Annual administration report of the Civil Veterinary Department of India - 1895-1896
Year: 1895
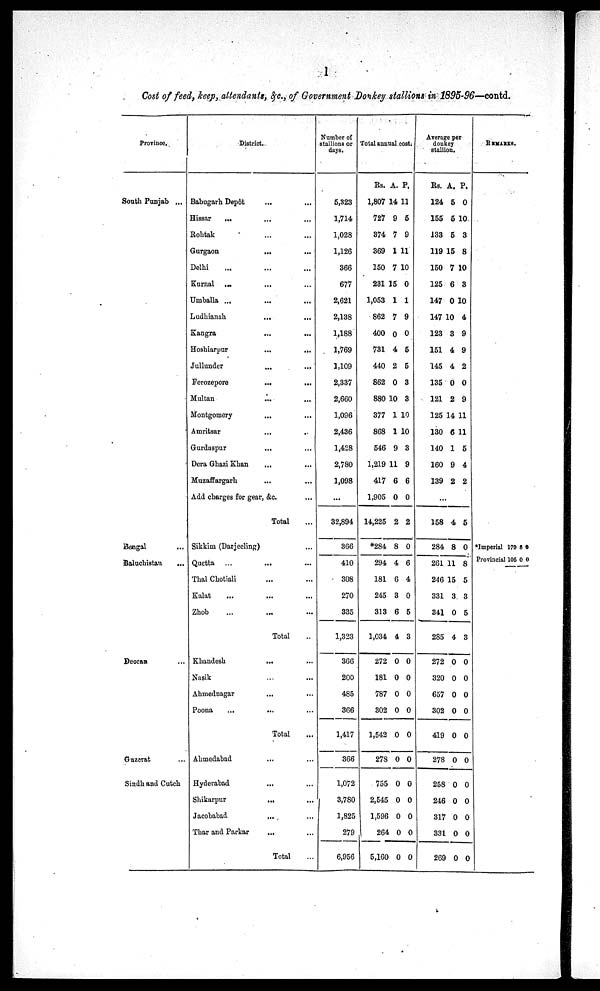
1
Cost of feed, keep, attendants, &c., of Government Donkey stallions in 1895-96—contd.
Province.
South Punjab ...
Bengal
Baluchistan
Deocan
Guzerat
Sindh and Cutch
District.
Babugarh
Depôt
...
...
Hissar
...
...
...
Rohtak
...
...
Gurgaon
...
...
Delhi
...
...
Kurnal
...
... ...
Umballa ...
...
...
Ludhianah...
...
Kangra
...
...
Hoshiarpur
...
...
Jullunder
...
...
Ferozepore
...
...
Multan
...
...
Montgomery...
...
Amritsar
...
...
Gurdaspur
...
...
Dera Ghazi Khan
...
...
Muzaffargarh
..
...
Add charges for gear, &c....
Total
Sikkini
(Darjeeling)
...
...
Quetta
...
...
Thal Chotiali
...
...
Kalat
...
...
Zhob...
...
Total ...
Khandesh
...
...
Nasik
...
...
Ahmednagar
...
...
Poona
...
... ...
Total
...
Ahmedabad...
...
Hyderabad... ...
Shikarpur...
...
Jacobabad...
...
Thar and Parkar... ...
Total
Number of
stallions or
days.
5,323
1,714
1,028
1,126
366
677
2,621
2,138
1,188
1,769
1,109
2,337
2,660
1,096
2,436
1,428
2,780
1,098
...
32,894
366
410
308
270
335
1,323
366
200
485
366
1,417
366
1,072
3,7S0
1,825
279
6,956
Total annual cost.
Rs.
1,807
727
374
369
150
231
1,053
862
400
731
440
862
880
377
868
546
1,219
417
1,905
14,225
*284
294
181
245
313
1,034
272
181
787
302
1,542
278
755
2,545
1,596
264
5,160
A.
14
9
7
1
7
15
1
7
0
4
2
0
10
1
1
9
11
6
0
2
8
4
6
3
6
4
0
0
0
0
0
0
0
0
0
0
0
P.
11
5
9
11
10
0
1
9
0
5
5
3
3
10
10
3
9
6
0
2
0
6
4
0
5
3
0
0
0
0
0
0
0
0
0
0
0
Average per
donkey
stallion.
Rs.
124
155
133
119
150
125
147
147
123
151
145
135
121
125
130
140
160
139
A.
5
5
5
15
7
6
0
10
3
4
4
0
2
14
6
1
9
2
P.
0
10
3
8
10
3
10
4
9
9
2
0
9
11
11
5
4
2
...
158
284
261
246
331
341
285
272
320
657
302
419
278
258
246
317
331
269
4
8
11
15
3
0
4
0
0
0
0
0
0
0
0
0
0
0
5
0
8
5
3
5
3
0
0
0
0
0
0
0
0
0
0
0
REMARKS.
*Imperial 179 8 0
Provincial 105 0 0